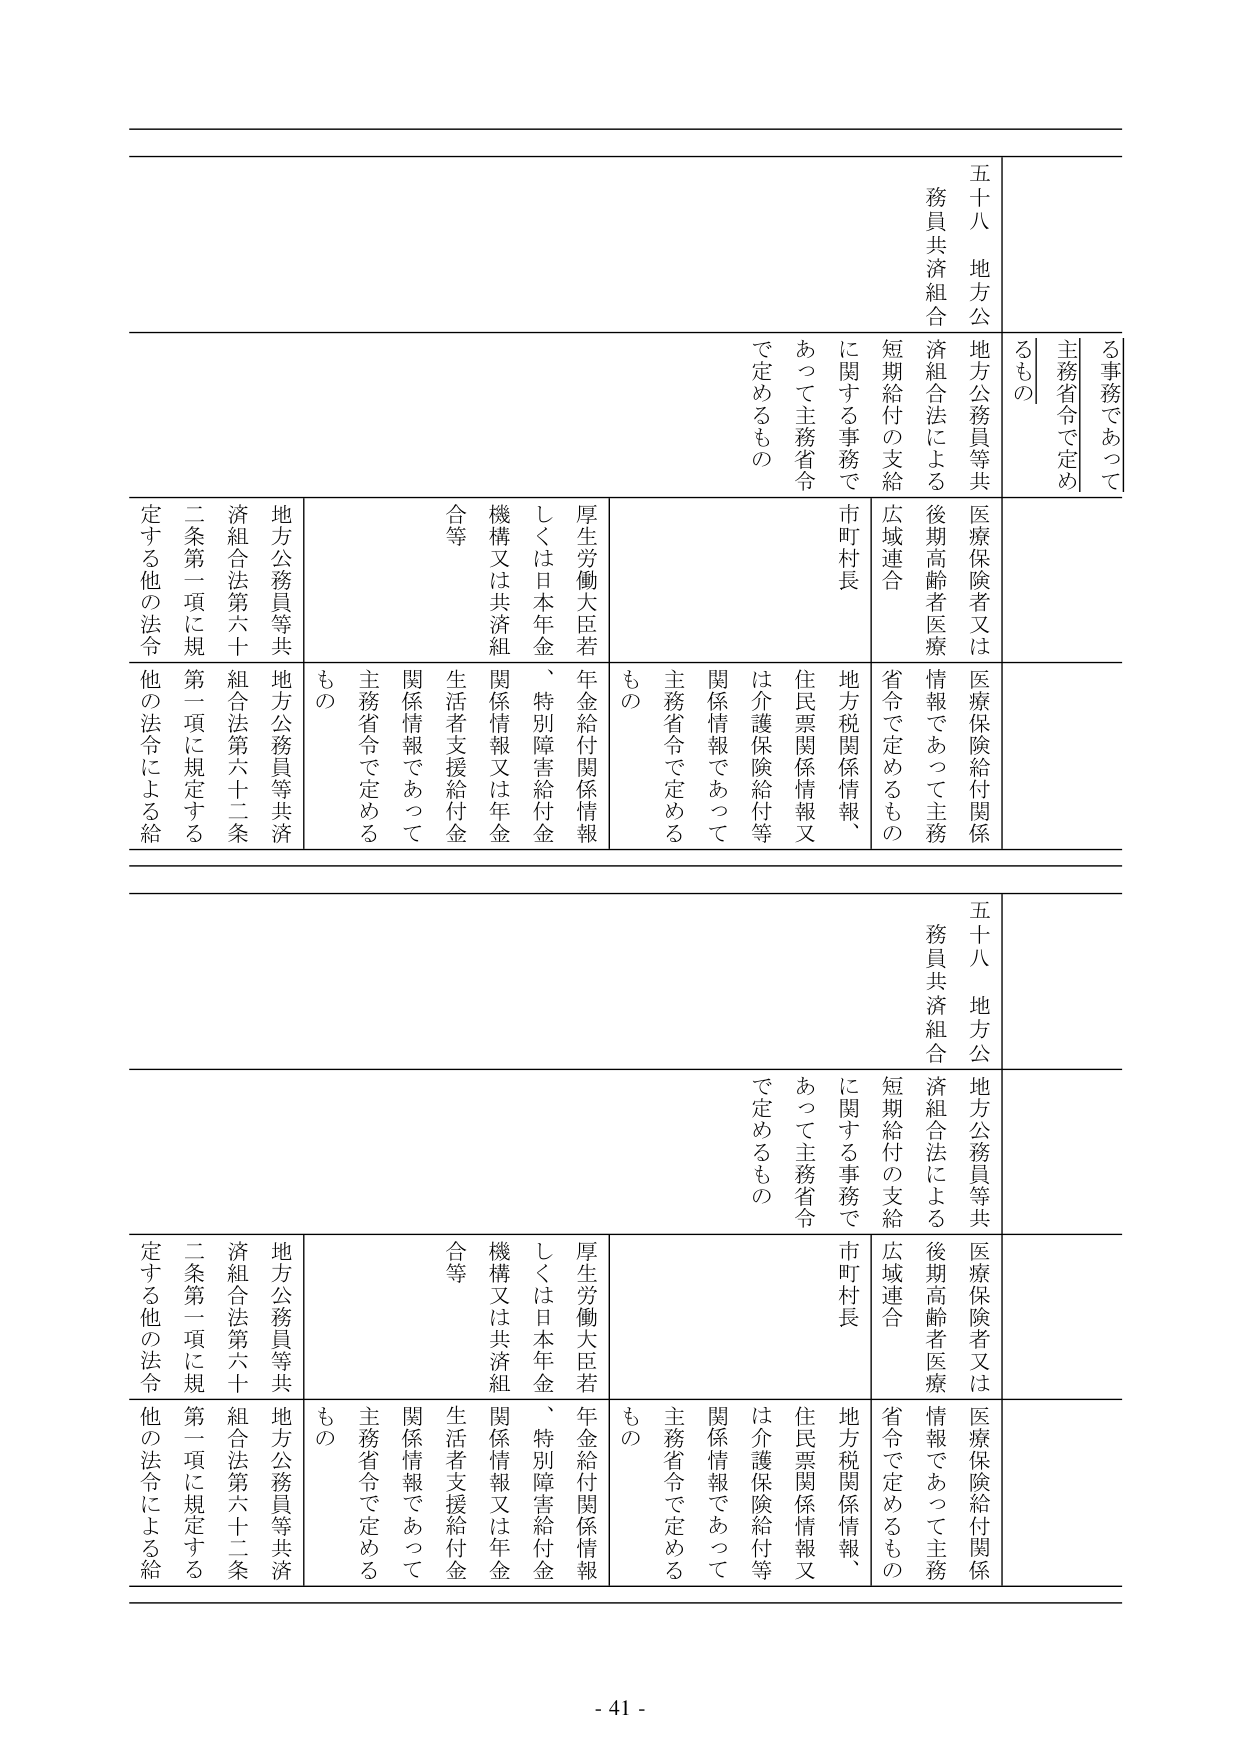
五十八 地方公務員共済組合
地方公務員等共済組合法による短期給付の支給に関する事務で
主務省令で定めるもの
医療保険者又は医療保険給付関係情報であって主務省令で定めるもの
後期高齢者医療広域連合
市町村長
住民票関係情報又は介護保険給付等関係情報であって主務省令で定めるもの
地方税関係情報、
厚生労働大臣若しくは日本年金、特別障害給付金関係情報又は年金合等
年金給付関係情報
生活者支援給付金関係情報であって主務省令で定めるもの
地方公務員等共済組合法第六十二条第一項に規定する他の法令による給定する他の法令
地方公務員等共済組合法第六十二条第一項に規定する他の法令による給定する他の法令

- 41 -